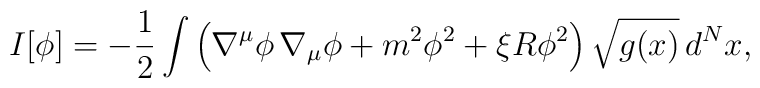
I[\phi]=- {1\over 2}\int \left(\nabla^\mu\phi\,\nabla_{\mu}\phi+m^2\phi^2+\xi R\phi^2\right)\sqrt{g(x)}\,d^Nx,